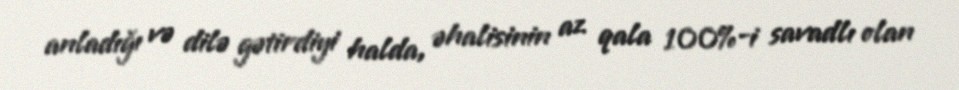
anladığı və dilə gətirdiyi halda, əhalisinin az qala 100%-i savadlı olan